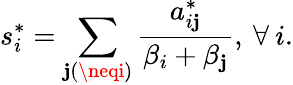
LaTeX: s_{i}^{*}=\sum_{\mathbf{j}(\neqi)}\frac{{a_{i\mathbf{j}}^{*}}}{{\beta_{i}+\beta_{\mathbf{j}}}},\: \forall\: i.